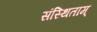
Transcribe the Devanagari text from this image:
संस्थिताम्‌